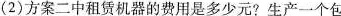
(2)方案二中租赁机器的费用是多少元?生产一个包